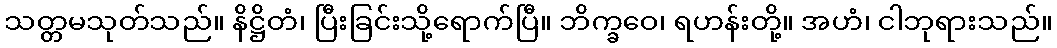
သတ္တမသုတ်သည်။ နိဋ္ဌိတံ၊ ပြီးခြင်းသို့ရောက်ပြီ။ ဘိက္ခဝေ၊ ရဟန်းတို့။ အဟံ၊ ငါဘုရားသည်။